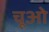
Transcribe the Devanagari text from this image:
चूओ